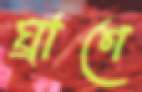
ঘ্রাণে